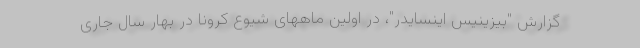
گزارش "بیزینیس اینسایدر"، در اولین ماههای شیوع کرونا در بهار سال جاری